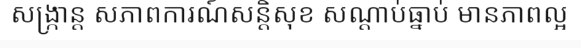
សង្ក្រាន្ត សភាពការណ៍សន្តិសុខ សណ្តាប់ធ្នាប់ មានភាពល្អ